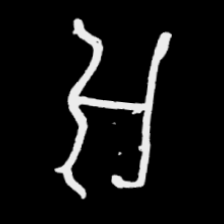
Pyu character \u2014 Myanmar letter: အ (romanized: a)